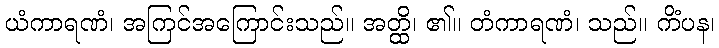
ယံကာရဏံ၊ အကြင်အကြောင်းသည်။ အတ္ထိ၊ ၏။ တံကာရဏံ၊ သည်။ ကိံပန၊